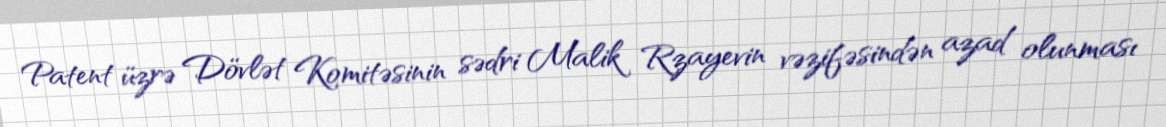
Patent üzrə Dövlət Komitəsinin sədri Malik Rzayevin vəzifəsindən azad olunması